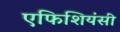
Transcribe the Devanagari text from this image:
एफिशियंसी